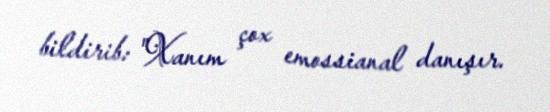
bildirib: "Xanım çox emossianal danışır.